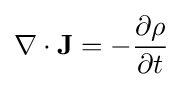
\nabla \cdot \mathbf {J} =-{\frac {\partial \rho }{\partial t}}